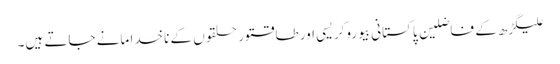
علیگڑھ کے فاضلین پاکستانی بیوروکریسی اور طاقتور حلقوں کے ناخدا مانے جاتے ہیں۔